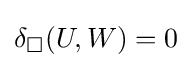
\delta _{\square }(U,W)=0